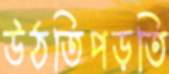
উঠতিপড়তি